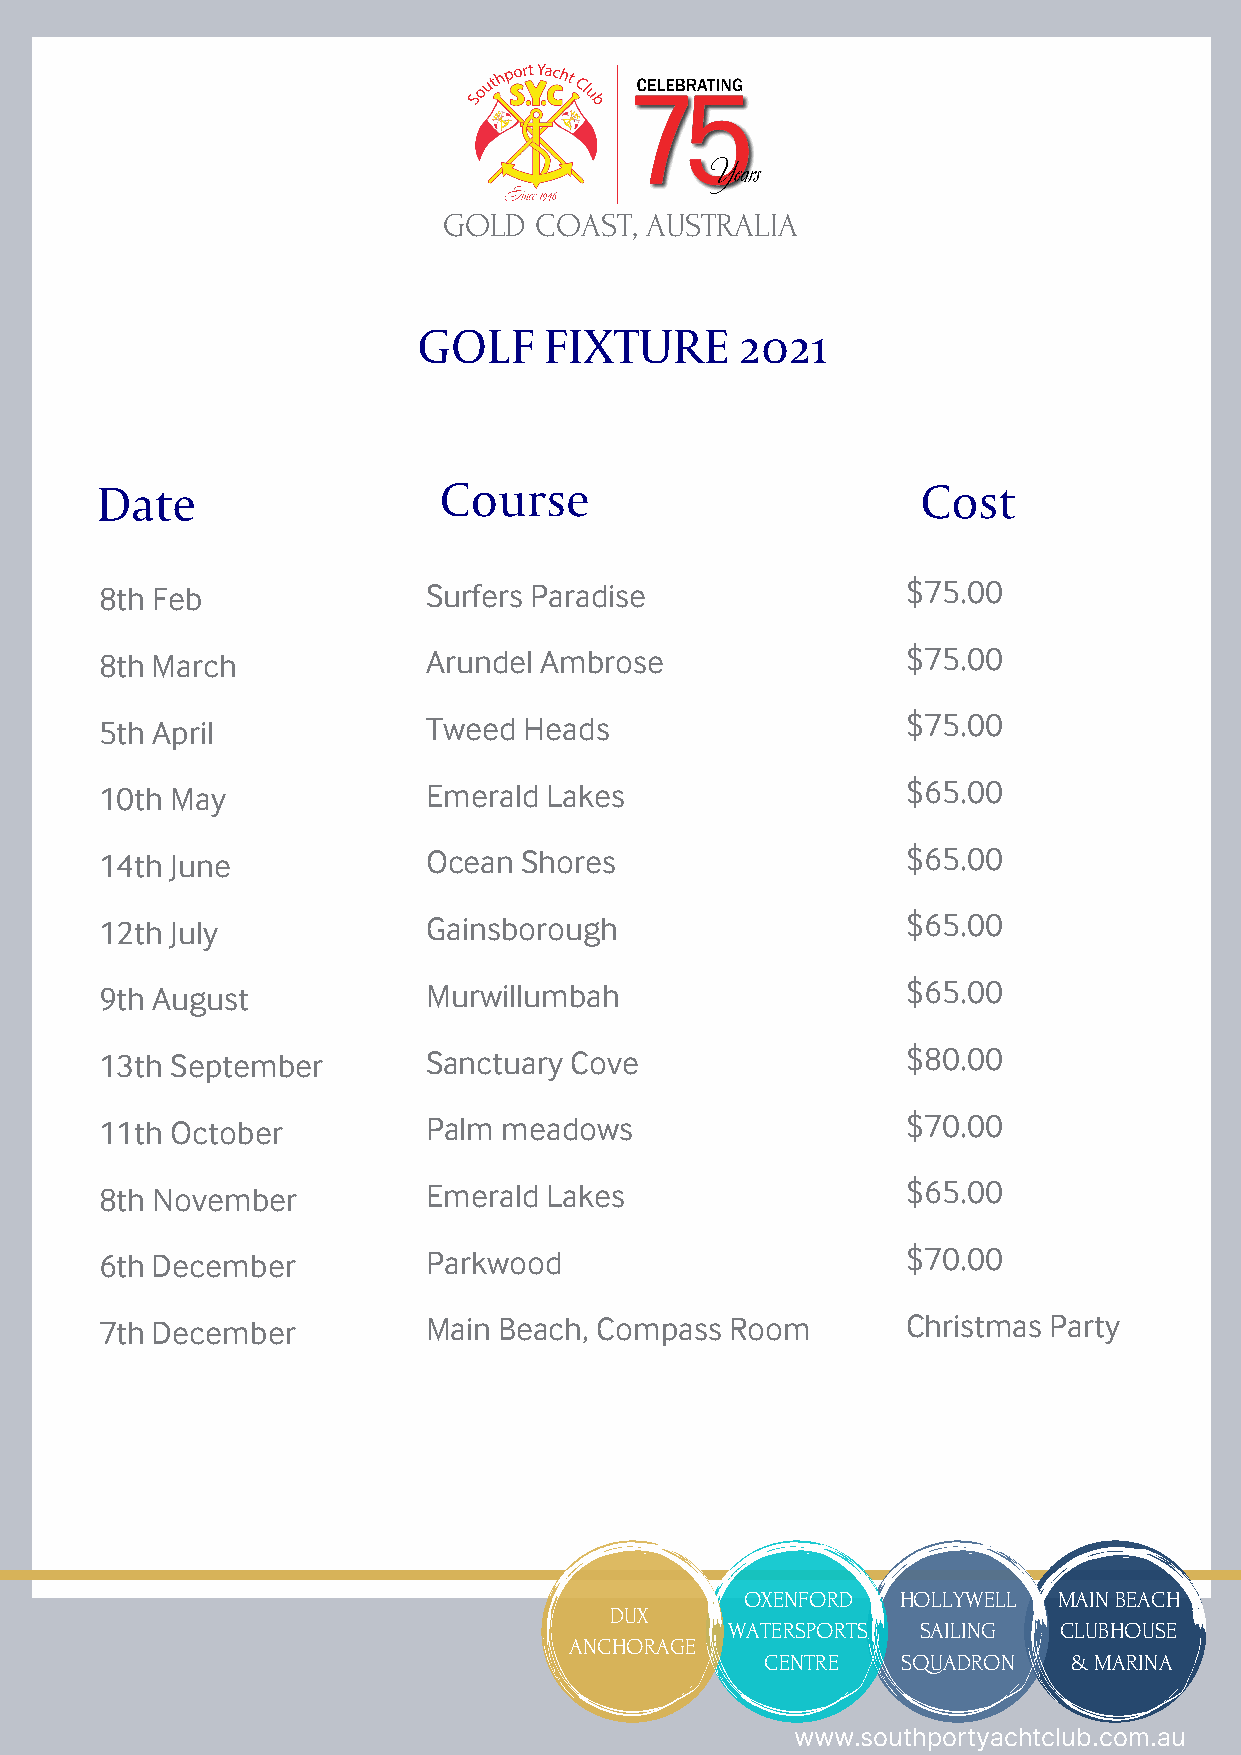
GOLD  COAST,  AUSTRALIA
 GOLF    FIXTURE      2021
 Date                   Course                          Cost
 8th Feb              Surfers Paradise                $75.00
 8th March            Arundel Ambrose                 $75.00
 5th April            Tweed  Heads                    $75.00
 10th May             Emerald Lakes                   $65.00
 14th June            Ocean  Shores                   $65.00
 12th July            Gainsborough                    $65.00
 9th August           Murwillumbah                    $65.00
 13th September       Sanctuary Cove                  $80.00
 11th October         Palm meadows                    $70.00
 8th November         Emerald Lakes                   $65.00
 6th December         Parkwood                        $70.00
 7th December         Main Beach, Compass Room        Christmas Party
 OXENFORD   HOLLYWELL MAIN BEACH
 DUX
 WATERSPORTS  SAILING  CLUBHOUSE
 ANCHORAGE
 CENTRE   SQUADRON   & MARINA
 www.southportyachtclub.com.au